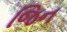
જિન